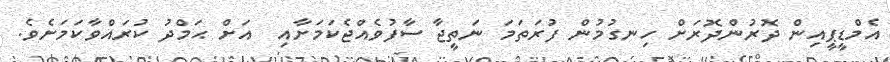
އެމްޑީޕީއިން ދޮރުންދޮރަށް ހިނގުމުން ފުރަތަމަ ނަތީޖާ ސާފުވެއްޖެކަމަށާއި  އަށް ޙަމްދު ކުރައްވާކަމަށެވެ.